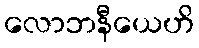
လောဘနီယေဟိ